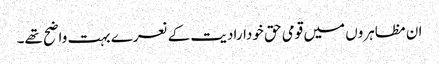
ان مظاہروں میں قومی حق خودارادیت کے نعرے بہت واضح تھے۔